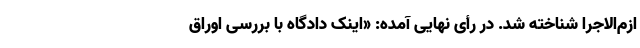
ازم‌الاجرا شناخته شد. در رأی نهایی آمده: «اینک دادگاه با بررسی اوراق